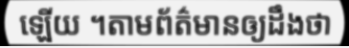
ឡើយ ។តាមព័ត៌មានឲ្យដឹងថា